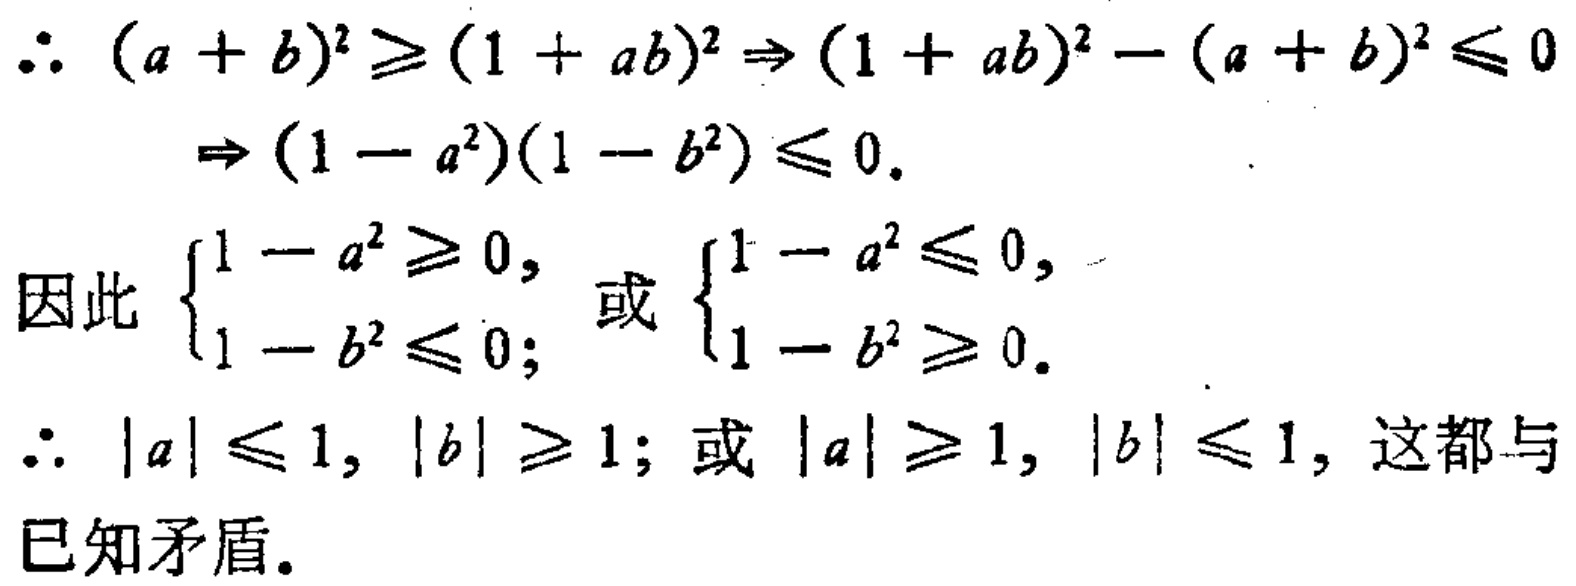
此题的几何背景是过点$(2,1)$的直线束与双曲线有一个公共点，其中直线与双曲线相交时要去掉点$(1,\sqrt{2})$，$(1,-\sqrt{2})$(图6 - 8).